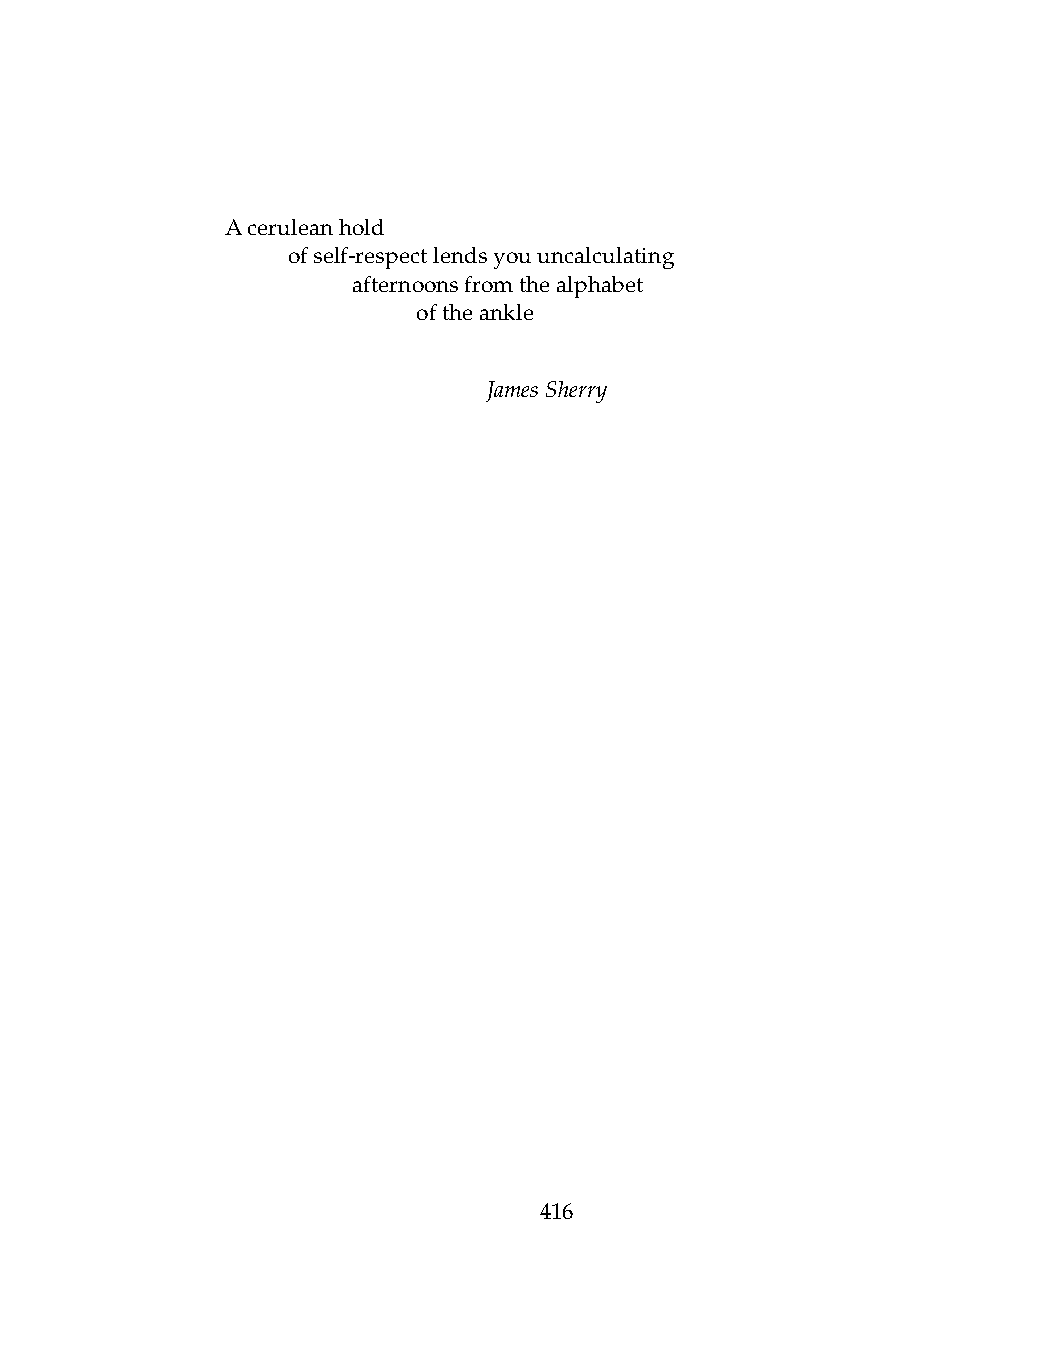
Aceruleanhold
 .   ofself-respectlendsyouuncalculating
 .   .   afternoonsfromthealphabet
 .   .   .    oftheankle
 JamesSherry
 416